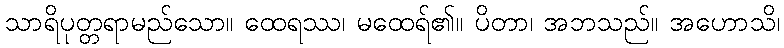
သာရိပုတ္တရာမည်သော။ ထေရဿ၊ မထေရ်၏။ ပိတာ၊ အဘသည်။ အဟောသိ၊